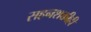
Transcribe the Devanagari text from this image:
सहनशक्तीही